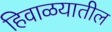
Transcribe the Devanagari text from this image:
हिवाळयातील